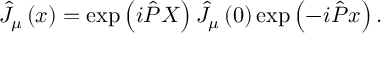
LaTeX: \hat { J } _ { \mu } \left( x \right) = \exp \left( i \hat { P } X \right) \hat { J } _ { \mu } \left( 0 \right) \exp \left( - i \hat { P } x \right) .